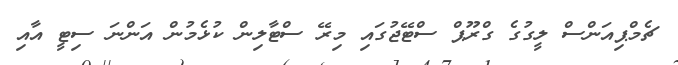
ޗެމްޕިއަންސް ލީގުގެ ގްރޫޕް ސްޓޭޖުގައި މިރޭ ސްޓާލިން ކުޅެމުން އަންނަ ސިޓީ އާއި